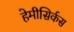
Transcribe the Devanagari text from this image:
हेमीसिर्कस